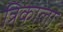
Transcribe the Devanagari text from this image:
त्रिकाला